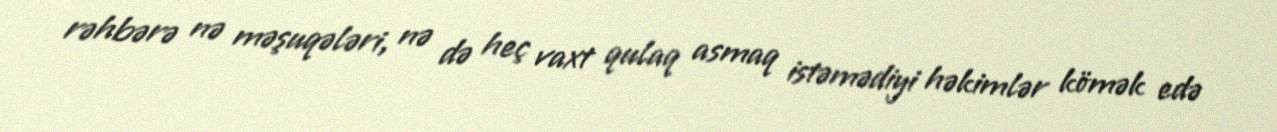
rəhbərə nə məşuqələri, nə də heç vaxt qulaq asmaq istəmədiyi həkimlər kömək edə